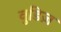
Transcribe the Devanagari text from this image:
वुडिज़